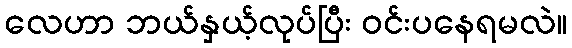
လေဟာ ဘယ်နှယ့်လုပ်ပြီး ဝင်းပနေရမလဲ။